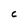
Character: C